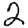
Digit: 2